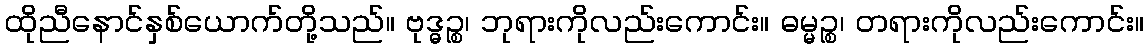
ထိုညီနောင်နှစ်ယောက်တို့သည်။ ဗုဒ္ဓဉ္စ၊ ဘုရားကိုလည်းကောင်း။ ဓမ္မဉ္စ၊ တရားကိုလည်းကောင်း။